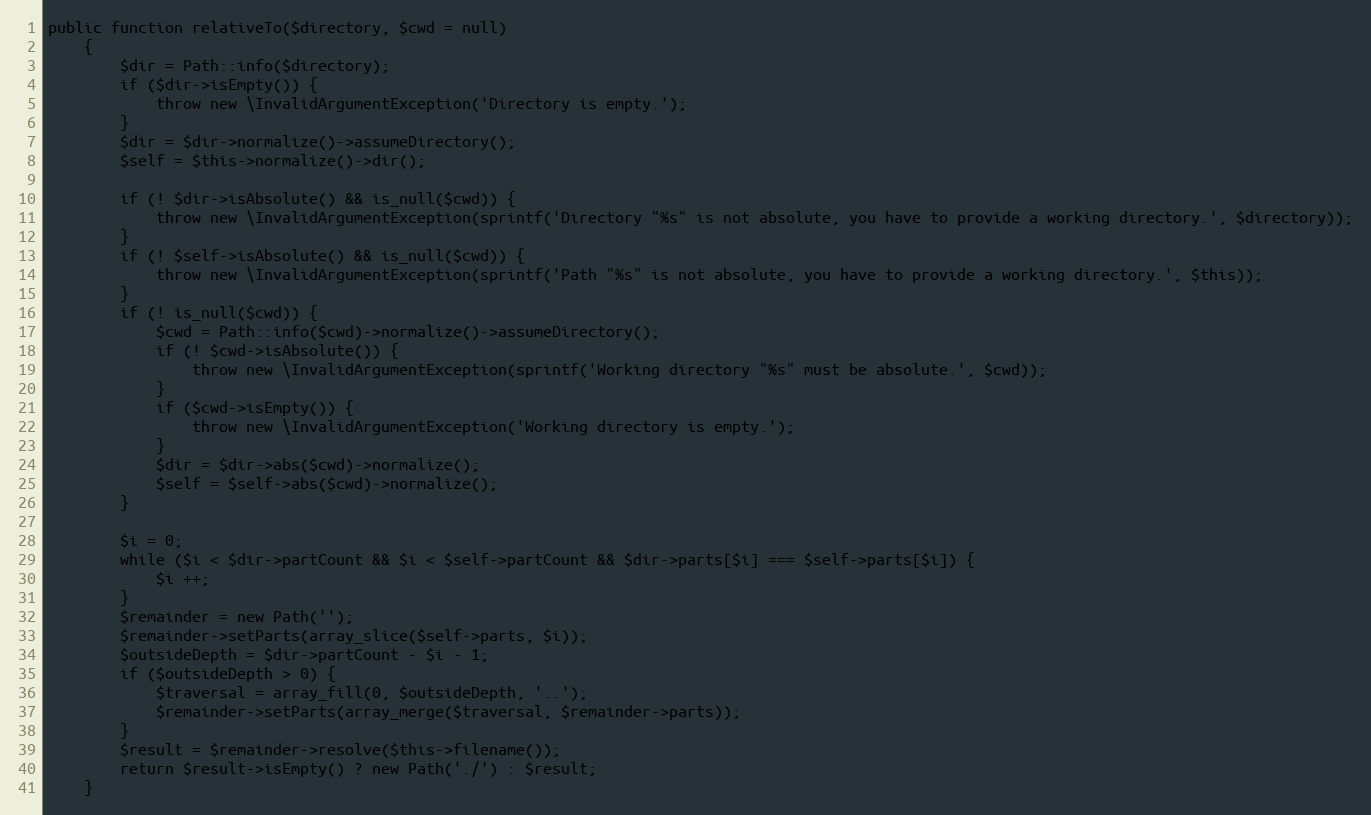
Language: PHP
public function relativeTo($directory, $cwd = null)
	{
		$dir = Path::info($directory);
		if ($dir->isEmpty()) {
			throw new \InvalidArgumentException('Directory is empty.');
		}
		$dir = $dir->normalize()->assumeDirectory();
		$self = $this->normalize()->dir();

		if (! $dir->isAbsolute() && is_null($cwd)) {
			throw new \InvalidArgumentException(sprintf('Directory "%s" is not absolute, you have to provide a working directory.', $directory));
		}
		if (! $self->isAbsolute() && is_null($cwd)) {
			throw new \InvalidArgumentException(sprintf('Path "%s" is not absolute, you have to provide a working directory.', $this));
		}
		if (! is_null($cwd)) {
			$cwd = Path::info($cwd)->normalize()->assumeDirectory();
			if (! $cwd->isAbsolute()) {
				throw new \InvalidArgumentException(sprintf('Working directory "%s" must be absolute.', $cwd));
			}
			if ($cwd->isEmpty()) {
				throw new \InvalidArgumentException('Working directory is empty.');
			}
			$dir = $dir->abs($cwd)->normalize();
			$self = $self->abs($cwd)->normalize();
		}

		$i = 0;
		while ($i < $dir->partCount && $i < $self->partCount && $dir->parts[$i] === $self->parts[$i]) {
			$i ++;
		}
		$remainder = new Path('');
		$remainder->setParts(array_slice($self->parts, $i));
		$outsideDepth = $dir->partCount - $i - 1;
		if ($outsideDepth > 0) {
			$traversal = array_fill(0, $outsideDepth, '..');
			$remainder->setParts(array_merge($traversal, $remainder->parts));
		}
		$result = $remainder->resolve($this->filename());
		return $result->isEmpty() ? new Path('./') : $result;
	}